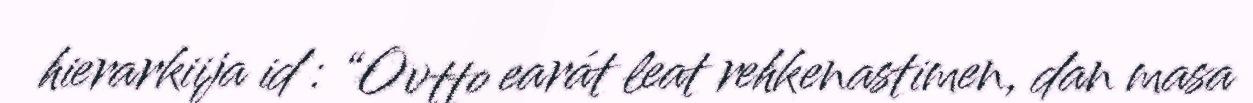
hierarkiija id : “Ovtto earát leat rehkenastimen, dan masa